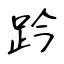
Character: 趻